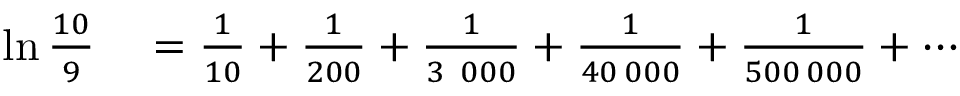
\begin{array} { r l } { \ln { \frac { 1 0 } { 9 } } } & { { } = { \frac { 1 } { 1 0 } } + { \frac { 1 } { 2 0 0 } } + { \frac { 1 } { 3 \ 0 0 0 } } + { \frac { 1 } { 4 0 \, 0 0 0 } } + { \frac { 1 } { 5 0 0 \, 0 0 0 } } + \cdots } \end{array}